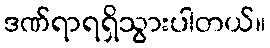
ဒဏ်ရာရရှိသွားပါတယ်။